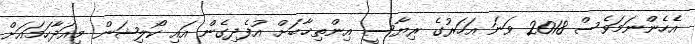
އެހެންނަމަވެސް 2018 ވަނަ އަހަރުގެ ރިޔާސީ އިންތިޚާބަށް އުފެދިގެން އައި ކޯލިޝަން މިއަދާހަމައަށް